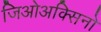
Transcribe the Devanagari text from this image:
जिओअक्सिनो